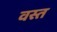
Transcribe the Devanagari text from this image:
वस्त